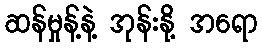
ဆန်မှုန့်နဲ့ အုန်းနို့ အရော